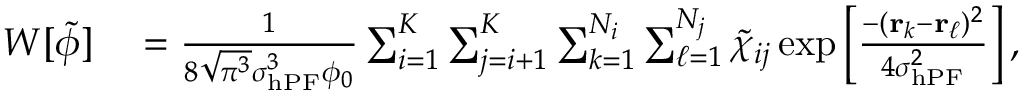
\begin{array} { r l } { W [ \tilde { \phi } ] } & { { } = \frac { 1 } { 8 \sqrt { \pi ^ { 3 } } \sigma _ { \mathrm { h P F } } ^ { 3 } \phi _ { 0 } } \sum _ { i = 1 } ^ { K } \sum _ { j = i + 1 } ^ { K } \sum _ { k = 1 } ^ { N _ { i } } \sum _ { \ell = 1 } ^ { N _ { j } } \tilde { \chi } _ { i j } \exp \left[ \frac { - ( \mathbf { r } _ { k } - \mathbf { r } _ { \ell } ) ^ { 2 } } { 4 \sigma _ { \mathrm { h P F } } ^ { 2 } } \right] , } \end{array}